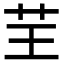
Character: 𦬬